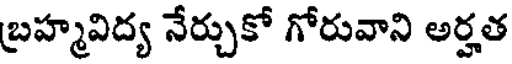
బ్రహ్మవిద్య నేర్చుకో గోరువాని అర్హత